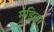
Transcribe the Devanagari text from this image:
मुंडिका